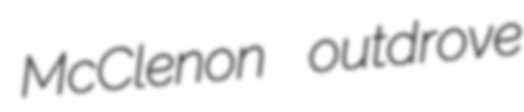
McClenon outdrove